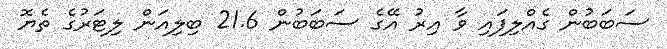
ސަބަބުން ގެއްލިފައި ވާ އިރު އޭގެ ސަބަބުން 21.6 ބިލިއަން ލިޓަރުގެ ތެޔޮ